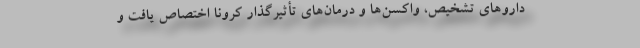
داروهای تشخیص، واکسن‌ها و درمان‌های تأثیرگذار کرونا اختصاص یافت و